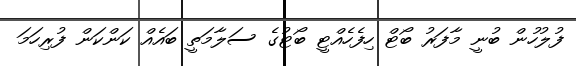
ފުލުހުން ބުނީ މާފަރު ބޯޓް ހިފެހެއްޓީ ބޯޓުގެ ސަލާމަތީ ބައެއް ކަންކަން ފުރިހަމަ